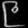
Digit: ၉